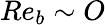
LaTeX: Re_{b}\sim O